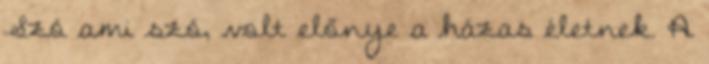
Szó ami szó, volt előnye a házas életnek. A